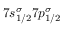
7 s _ { 1 / 2 } ^ { \sigma } 7 p _ { 1 / 2 } ^ { \sigma }